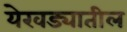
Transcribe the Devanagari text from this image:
येरवड्यातील